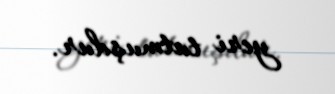
yeri tutmuşdur.